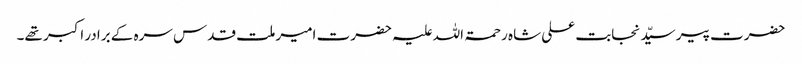
حضرت پیر سیّد نجابت علی شاہ رحمۃ اللہ علیہ حضرت امیر ملت قدس سرہ کے برادر اکبر تھے۔